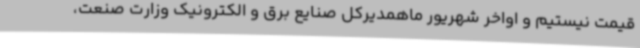
قیمت نیستیم و اواخر شهریور ماهمدیرکل صنایع برق و الکترونیک وزارت صنعت،